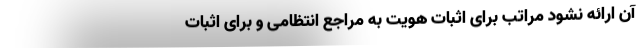
آن ارائه نشود مراتب برای اثبات هویت به مراجع انتظامی و برای اثبات